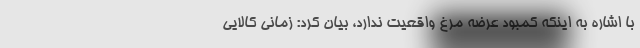
با اشاره به اینکه کمبود عرضه مرغ واقعیت ندارد، بیان کرد: زمانی کالایی